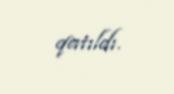
qatıldı.